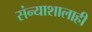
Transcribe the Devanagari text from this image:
संन्याशालाही